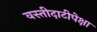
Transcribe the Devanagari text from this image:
वस्तीदाटीपेक्षा